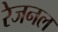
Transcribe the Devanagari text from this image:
रेजनल